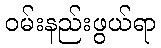
ဝမ်းနည်းဖွယ်ရာ